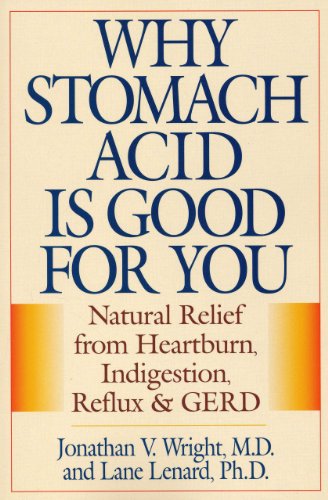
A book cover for Why Stomach Acid Is Good for You: Natural Relief from Heartburn, Indigestion, Reflux and GERD; Jonathan Wright; Health, Fitness & Dieting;